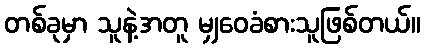
တစ်ခုမှာ သူနဲ့အတူ မျှဝေခံစားသူဖြစ်တယ်။